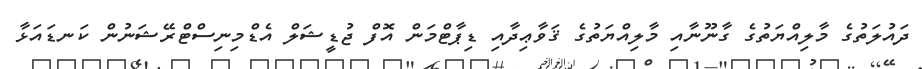
ދައުލަތުގެ މާލިއްޔަތުގެ ގާނޫނާއި މާލިއްޔަތުގެ ޤަވާޢިދާއި ޑިޕާޓްމަން އޮފް ޖުޑީޝަލް އެޑްމިނިސްޓްރޭޝަނުން ކަނޑައަޅާ